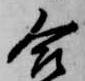
合